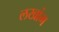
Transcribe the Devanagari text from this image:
लखांग